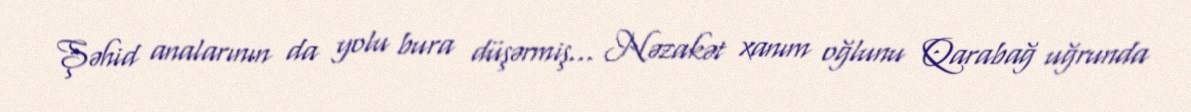
Şəhid analarının da yolu bura düşərmiş... Nəzakət xanım oğlunu Qarabağ uğrunda